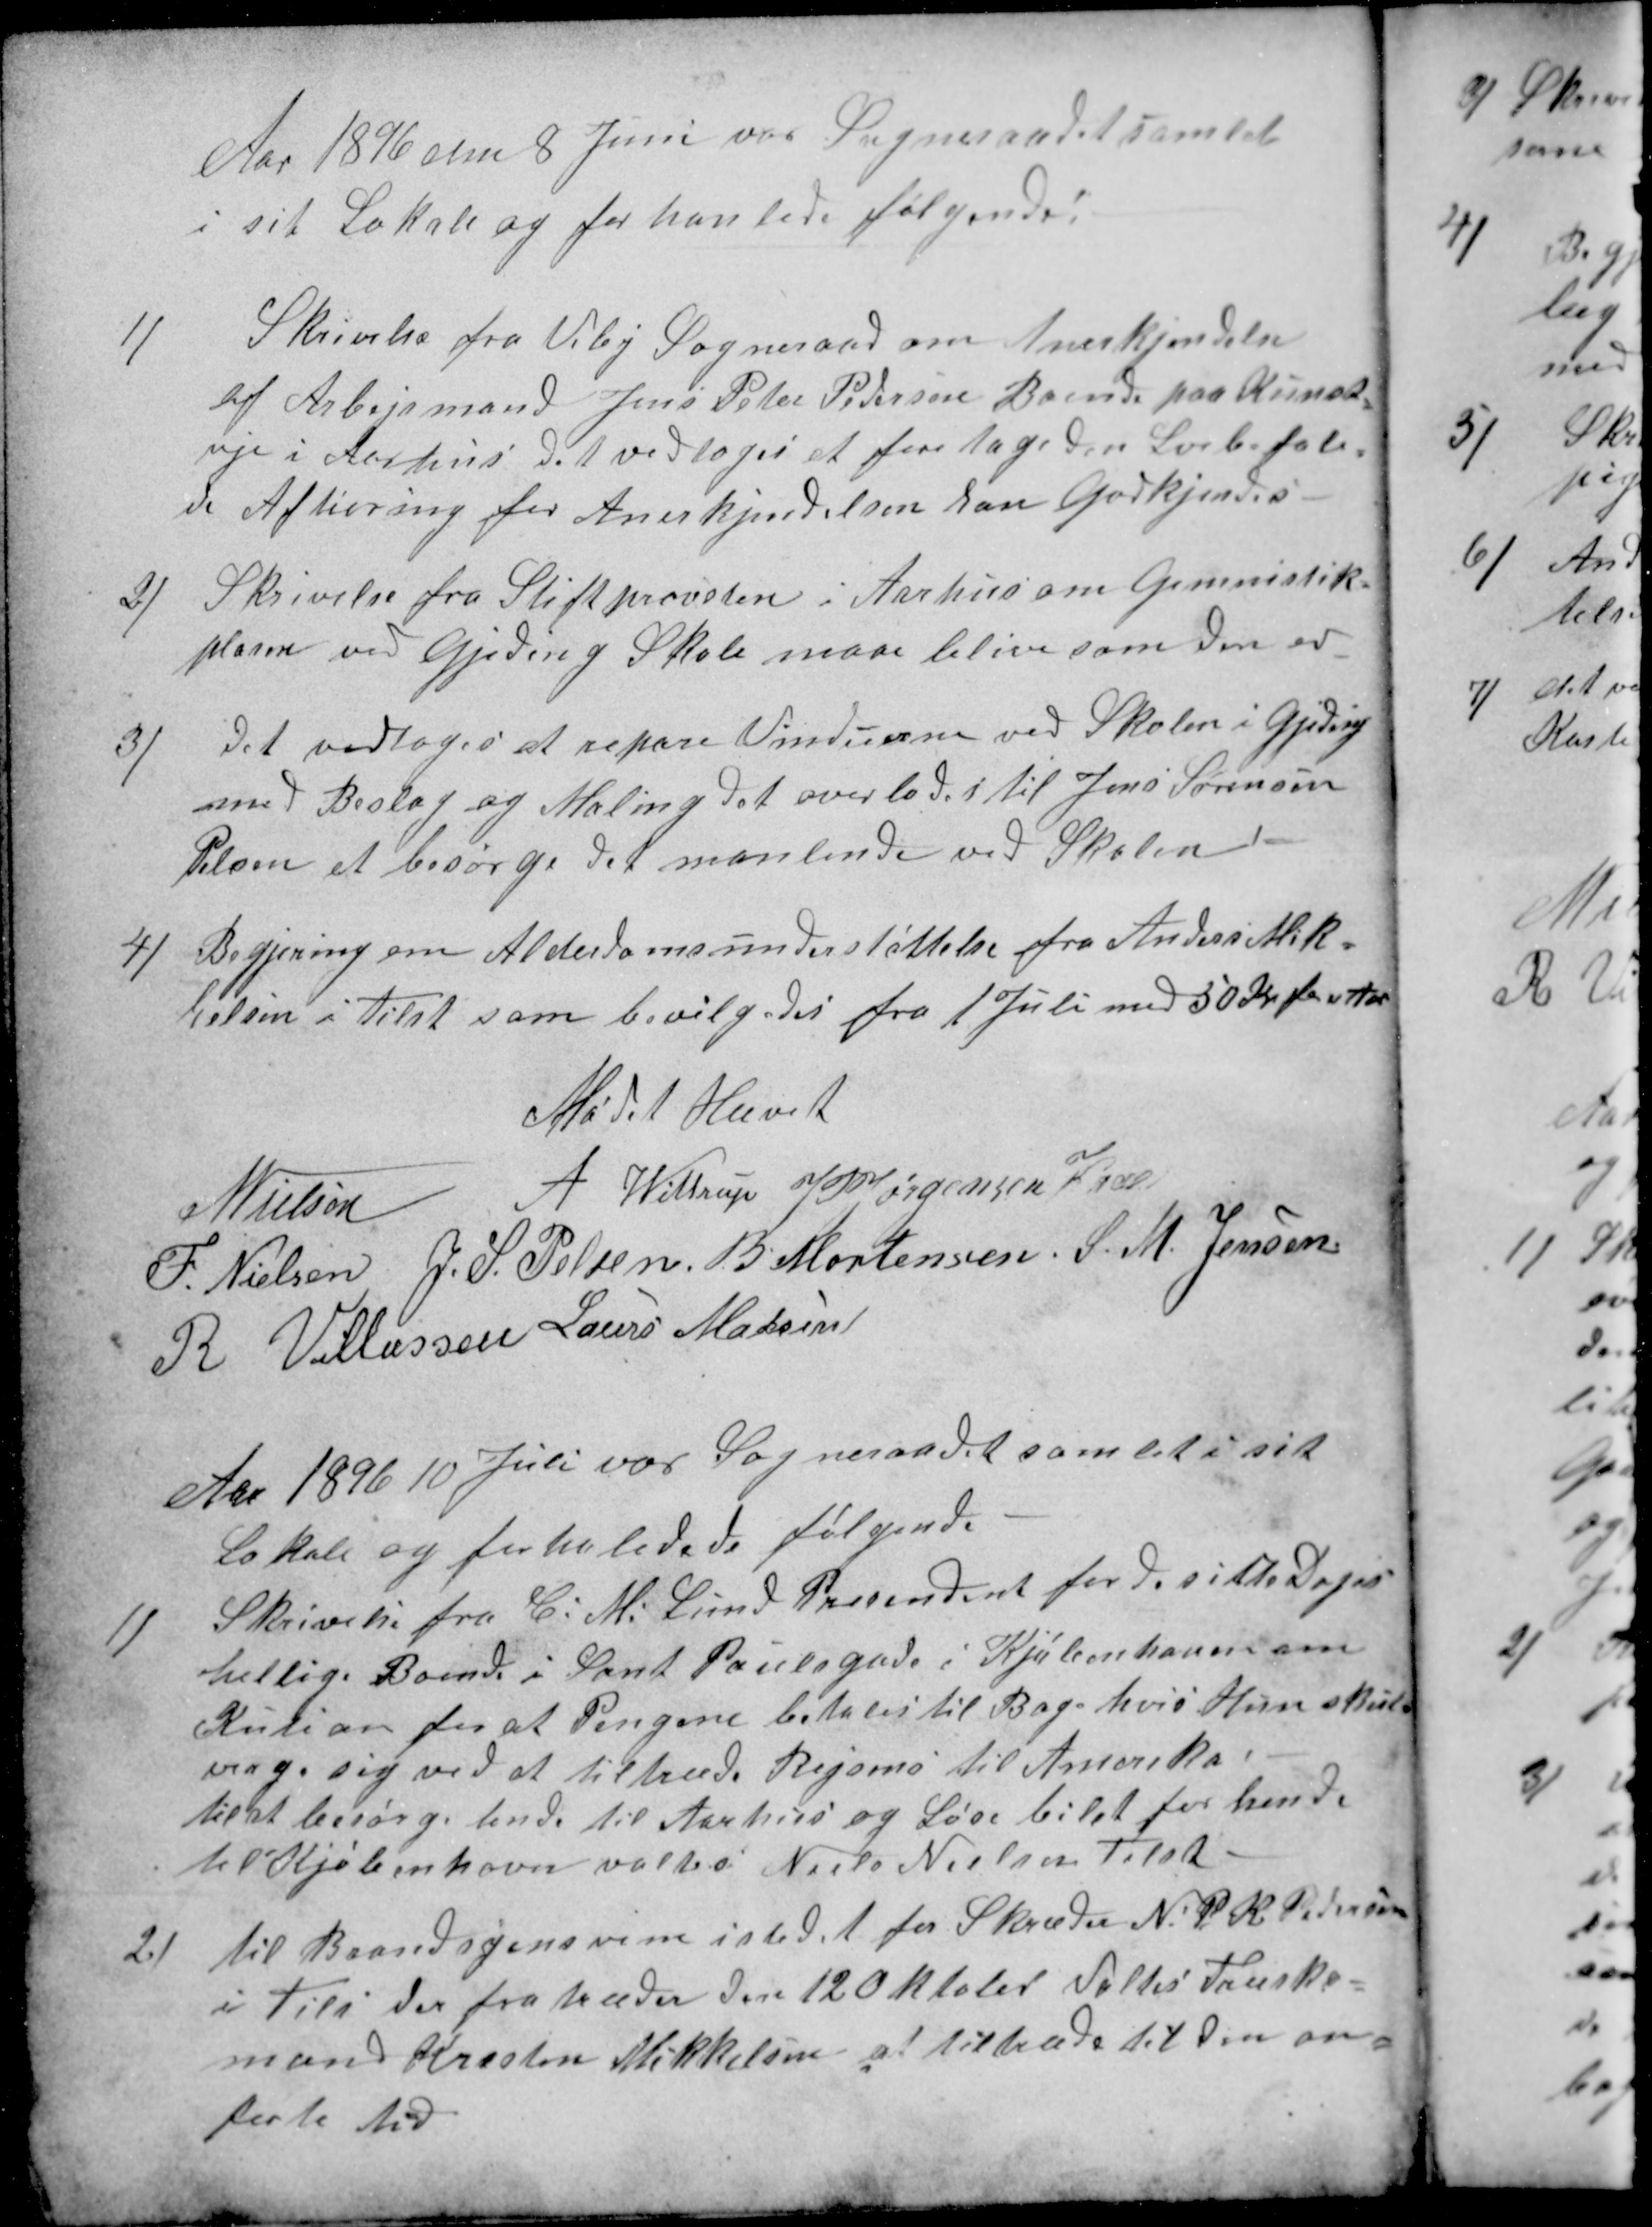
Transskription:
Aar 1896 den 8 Juni var Sogneraadet samlet
i sit Lokale og forhanlede følgende:
1)
Skrivelse fra Viby Sogneraad om Anerkjendelse
af Arbejsmand Jens Peter Pedersen Boende paa Konet-
vje i Aarhus det vedtoges at foretage den Lovbefale-
de Afhøring for Anerkjendelsen kan Godkjendes.
2) 
Skrivelse fra Stiftprovsten i Aarhus om Gemnistik-
plasen ved Gjeding Skole maae blive som den er
3)
Det vedtoges at repare Vinduerne ved Skolen i Gjeding
med Beslag og Maling det overlodes til Jens Sørensen
Pelsen at besørge det manlende ved Skolen.
4) 
Begjering om Alderdomsunderstøttelse fra Anders Mik-
kelsen i Tilst som bevilgedes fra 1 Juli med 50 Kr pr Aar
Mødet Hævet
N Nielsen
A Wittrup 
J PJørgensen Kaae
F. Nielsen
J. S. Pelsen
B Mortensen
S. M. Jensen
R Villassen
Laurs Madsen
Aar 1896 10 Juli var Sogneraadet samlet i sit
Lokale og forhaledede følgende
1)
Skrivelse fra C: M: Lund Presendent for de sitte Dages
hellige Boende i Sant Paulsgade i Kjøbenhavns om
Kution for at Pengene betales til Bag, hvis Hun skule
verge sig ved at tiltræde Rejsens til Amerika,
til at besørge hende til Aarhus og Løse bilet for hende
til Kjøbenhavn valtes Niels Nielsen Tilst
2)
til Brandsynsvine istedet for Skræder N. P. K. Pedersen
i Tils der fratræder den 12 Oktober Valtes Træsko-
man Kresten Mikkelsen at tiltræde til den an-
førte tid